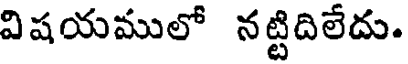
విషయములో నట్టిదిలేదు.